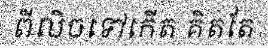
ពីលិចទៅកើត គិតតែ